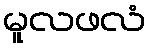
မူလဖလံ